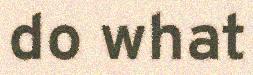
do what